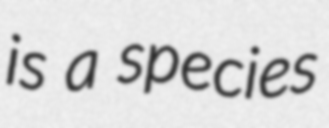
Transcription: is a species